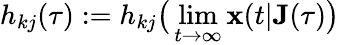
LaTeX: h_{kj}(\tau):=h_{kj}\big(\operatorname*{lim}_{t\rightarrow\infty}\mathbf{x}(t|\mathbf{J}(\tau)\big)